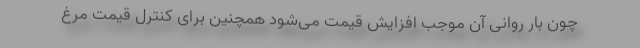
چون بار روانی آن موجب افزایش قیمت می‌شود همچنین برای کنترل قیمت مرغ